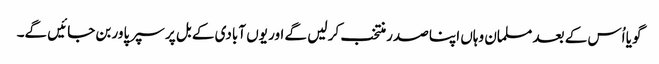
گویا اُس کے بعد مسلمان وہاں اپنا صدر منتخب کر لیں گے اور یوں آبادی کے بل پر سپر پاور بن جائیں گے۔